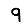
Digit: 9